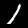
Digit: 1